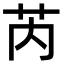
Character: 芮